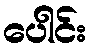
ပေါင်း